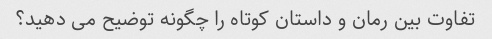
تفاوت بین رمان و داستان کوتاه را چگونه توضیح می دهید؟